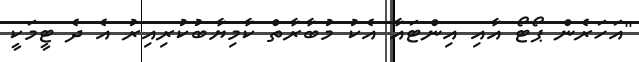
"އަހަރެން ޕޯޓޯ އާއި އިންޓައާ އެކު މުބާރާތް ކާމިޔާބުކުރިއިރު އެ ދެ ޓީމަކީ